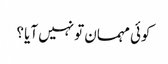
کوئی مہمان تو نہیں آیا ؟